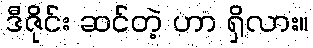
ဒီဇိုင်း ဆင်တဲ့ ဟာ ရှိလား။